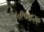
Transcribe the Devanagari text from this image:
५९०४२९